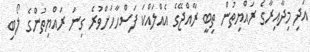
އަދި މިދާއިރާގެ ރައްޔިތުން ތިބީ ރާއްޖޭގެ އެއްލައްކަ ފަސްހާހަށްވުރެ ގިނަ ރައްޔިތުންގެ ލޯބި